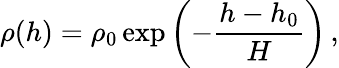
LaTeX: \rho(h)=\rho_{0}\exp\left(-\frac{h-h_{0}}{H}\right)\, ,